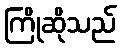
ကြိုဆိုသည်